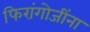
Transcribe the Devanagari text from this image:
फिरांगोजींना